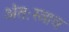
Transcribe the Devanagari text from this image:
अंतःस्त्राव